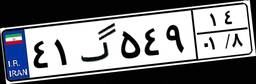
۴۱گ۵۴۹۱۴